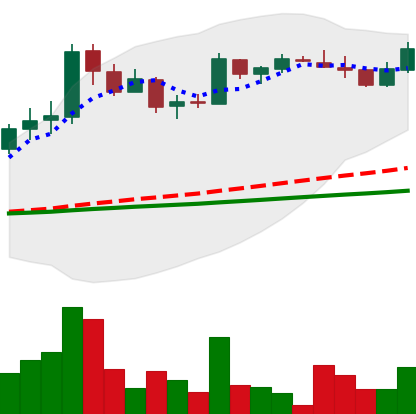
Ticker: LTC-USD
Chart end date: 2017-04-21
Forward return: 32.244%
Label: up_7plus